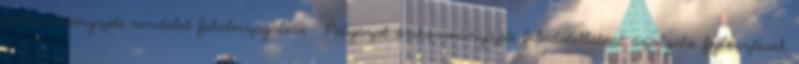
önkormányzati rendelet felülvizsgálata - Pályázat önkormányzati feladatellátást szolgáló fejlesztések